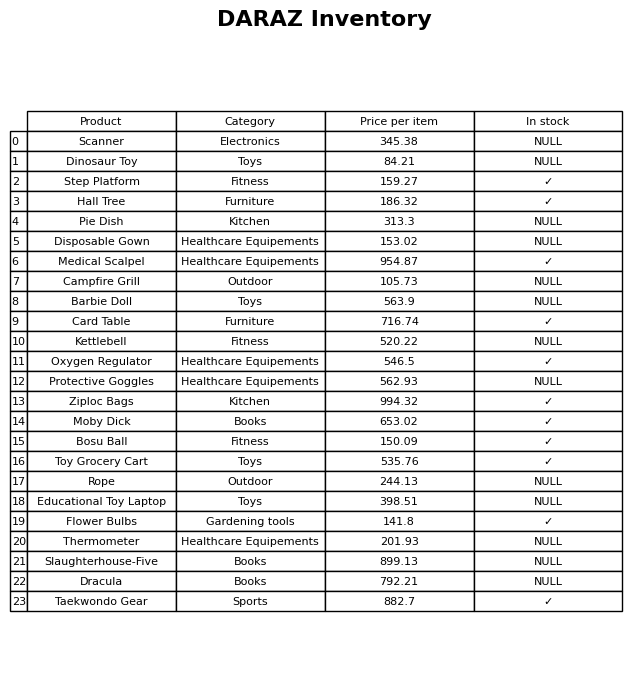
question: What is the price for Protective Goggles?
answer: The price of Protective Goggles is 562.93.